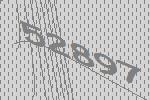
52897